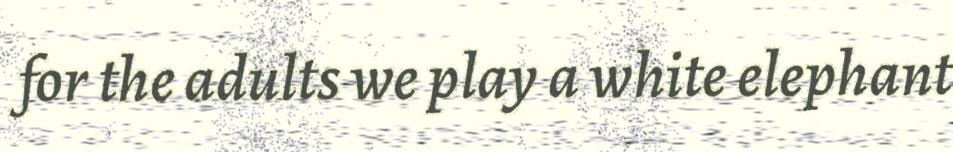
for the adults we play a white elephant